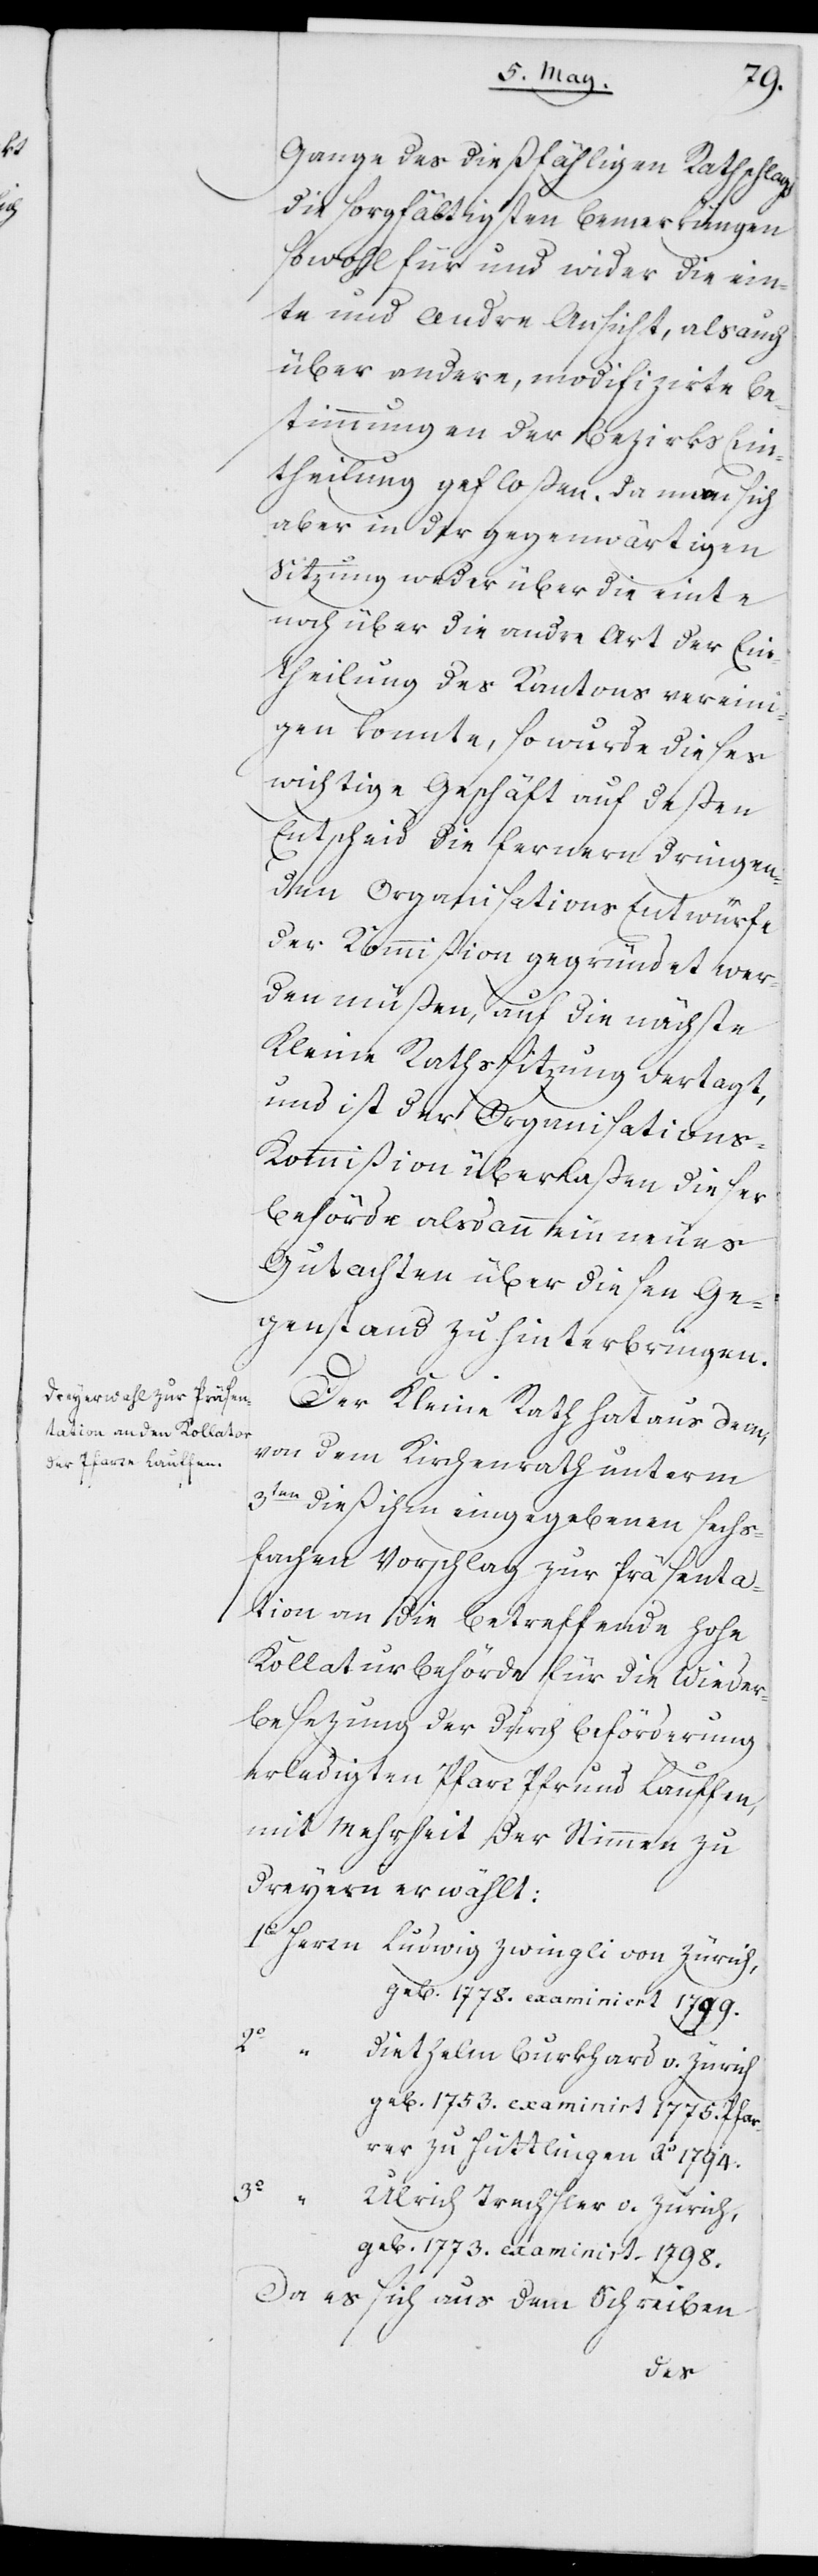
Gange des dießfälligen Rathschlags
die sorgfältigsten Bemerkungen
sowohl für und wider die ein¬
te und andere Ansicht, als auch
über andere, modifizirte Be¬
stimmungen der Bezirks Ein¬
theilung gefloßen. Da man sich
aber in der gegenwärtigen
Sitzung weder über die einte
noch über die andre Art der Ein¬
theilung des Kantons vereini¬
gen konnte, so wurde dieses
wichtige Geschäft auf deßen
Entscheid die fernern dringen¬
den Organisations Entwürfe
der Kommißion gegründet wer¬
den müßen, auf die nächste
Kleine Rathssitzung vertagt,
und ist der Organisation¬
s-Kommißion überlaßen, dieser
Behörde alsdann ein neues
Gutachten über diesen Ge¬
genstand zu hinterbringen.
Der Kleine Rath hat aus dem
von dem Kirchenrath unterm
3ten dieß ihm eingegebenen sechs¬
fachen Vorschlag zur Präsenta¬
tion an die betreffende hohe
Kollaturbehörde für die Wieder¬
besezung der durch Beförderung
erledigten Pfarr Pfrund Lauffen,
mit Mehrheit der Stimmen zu
Dreyern erwählt:
1o	Herrn	Ludwig Zwingli von Zürich,
geb. 1778. examiniert 1799.
iethelm Burkhard v. Zürich
geb. 1753. examinirt 1775. Pfar¬
rer zu Hüttlingen Ao 1794.
3o		„	U¬
lrich Trachsler v. Zürich,
geb. 1773. examinirt 1798.
Da es sich aus dem Schreiben